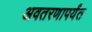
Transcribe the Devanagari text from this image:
अवतरणापर्यंत